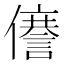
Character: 𠐜